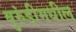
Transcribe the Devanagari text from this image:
बुरुंडीमधील